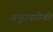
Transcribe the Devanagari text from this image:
अनुप्रयगोको